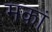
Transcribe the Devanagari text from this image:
मकां